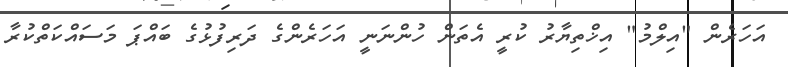
އަހަރެން "އިލްމު" އިޚްތިޔާރު ކުރީ އެތަން ހުންނަނީ އަހަރެންގެ ދަރިފުޅުގެ ބައްޕަ މަސައްކަތްކުރާ